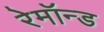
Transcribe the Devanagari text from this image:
रेमॉन्ड